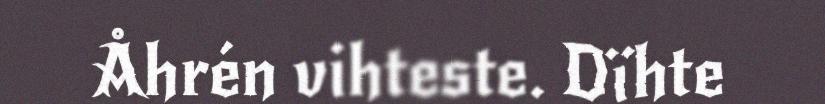
Åhrén vihteste. Dïhte